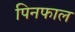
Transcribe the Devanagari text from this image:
पिनफाल